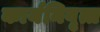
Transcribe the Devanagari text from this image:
कार्यनिवृत्त